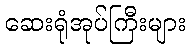
ဆေးရုံအုပ်ကြီးများ